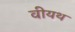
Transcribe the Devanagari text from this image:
वीयथ